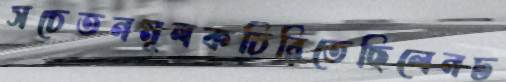
সচেতনমূলকচিরিতেছিলেনঢ